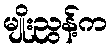
မျိုးညွန့်က